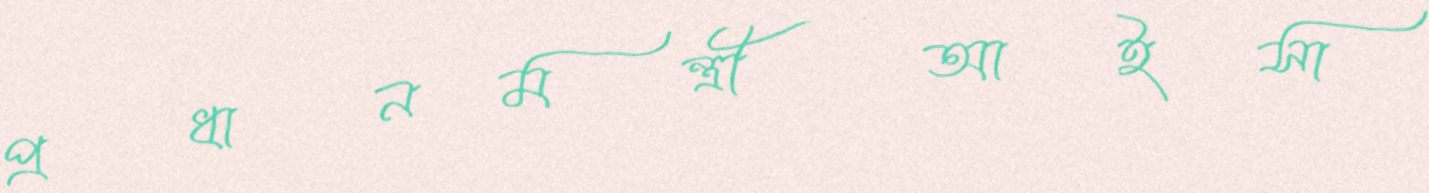
প্রধানমন্ত্রীআইসা